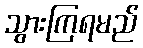
သွားကြရမည်